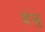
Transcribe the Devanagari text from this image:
वंजु